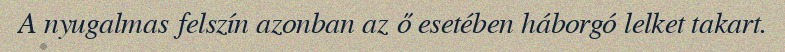
A nyugalmas felszín azonban az ő esetében háborgó lelket takart.